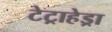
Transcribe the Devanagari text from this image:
टेट्राहेड्रा